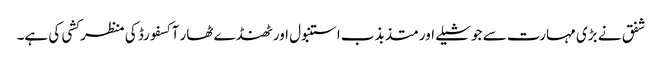
شفق نے بڑی مہارت سے جوشیلے اور متذبذب استنبول اور ٹھنڈے ٹھار آکسفورڈ کی منظر کشی کی ہے۔